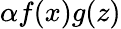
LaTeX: \alpha f(x)g(z)